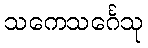
သကေသင်္ဂေသု